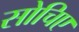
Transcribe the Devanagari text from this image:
सोचिए